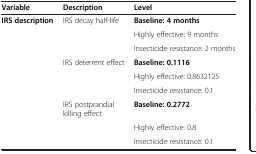
| Variable | Description | Level |
 | --- | --- | --- |
 | IRS description | IRS decay half-life | Baseline: 4 months |
 |  |  | Highly effective: 9 months |
 |  |  | Insecticide resistance: 2 months |
 |  | IRS deterrent effect | Baseline: 0.1116 |
 |  |  | Highly effective: 0.8632125 |
 |  |  | Insecticide resistance: 0.1 |
 |  | IRS postprandial killing effect | Baseline: 0.2772 |
 |  |  | Highly effective: 0.8 |
 |  |  | Insecticide resistance: 0.1 |